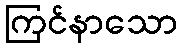
ကြင်နာသော